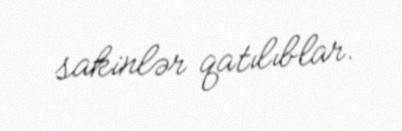
sakinlər qatılıblar.